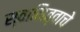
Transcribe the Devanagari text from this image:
स्वामित्वाचे